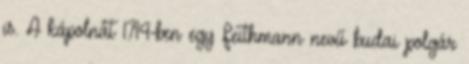
is. A kápolnát 1714-ben egy Feithmann nevű budai polgár